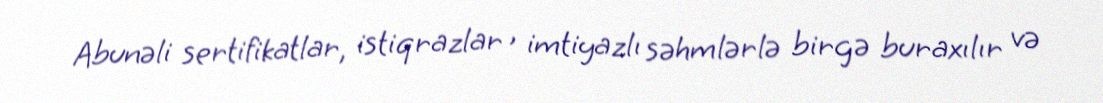
Abunəli sertifikatlar, istiqrazlar , imtiyazlı səhmlərlə birgə buraxılır və